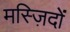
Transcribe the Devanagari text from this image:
मस्ज़िदों